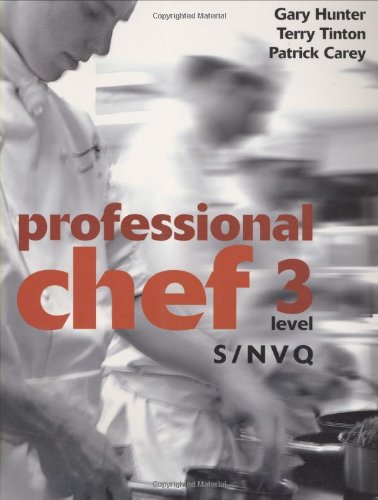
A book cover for Professional Chef - Level 3 - S/NVQ; Gary Hunter; Cookbooks, Food & Wine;